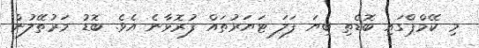
މި ކޭމްޕްގައި ބޮޑެތި ބިޔަ ފަލަ ޓަޔަރުތައް ފުރޮޅާނެ އެވެ. ބޮޑު މަރުތޭލުން